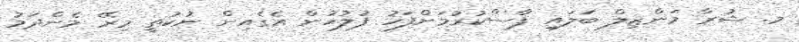
މ. ޝުރާ މަންޒިލް ބަލައި ފާސްކުރުމަށްފަހު ފުލުހުން އެގެއިން ނުކުތީ މިރޭ މެންދަމު